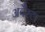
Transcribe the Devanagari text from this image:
अवैस्टा